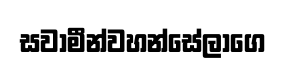
සවාමීන්වහන්සේලාගෙ